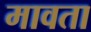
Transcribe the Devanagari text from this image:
मावता